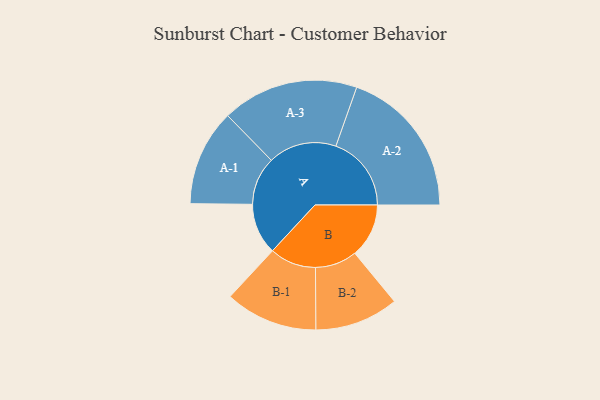
{"axis": {"x": "Segment", "y": "Value"}, "legend": ["", "A", "B"], "data": [{"x": "A", "y": 193, "type": ""}, {"x": "B", "y": 204, "type": ""}, {"x": "A-1", "y": 182, "type": "A"}, {"x": "A-2", "y": 285, "type": "A"}, {"x": "A-3", "y": 258, "type": "A"}, {"x": "B-1", "y": 175, "type": "B"}, {"x": "B-2", "y": 158, "type": "B"}]}